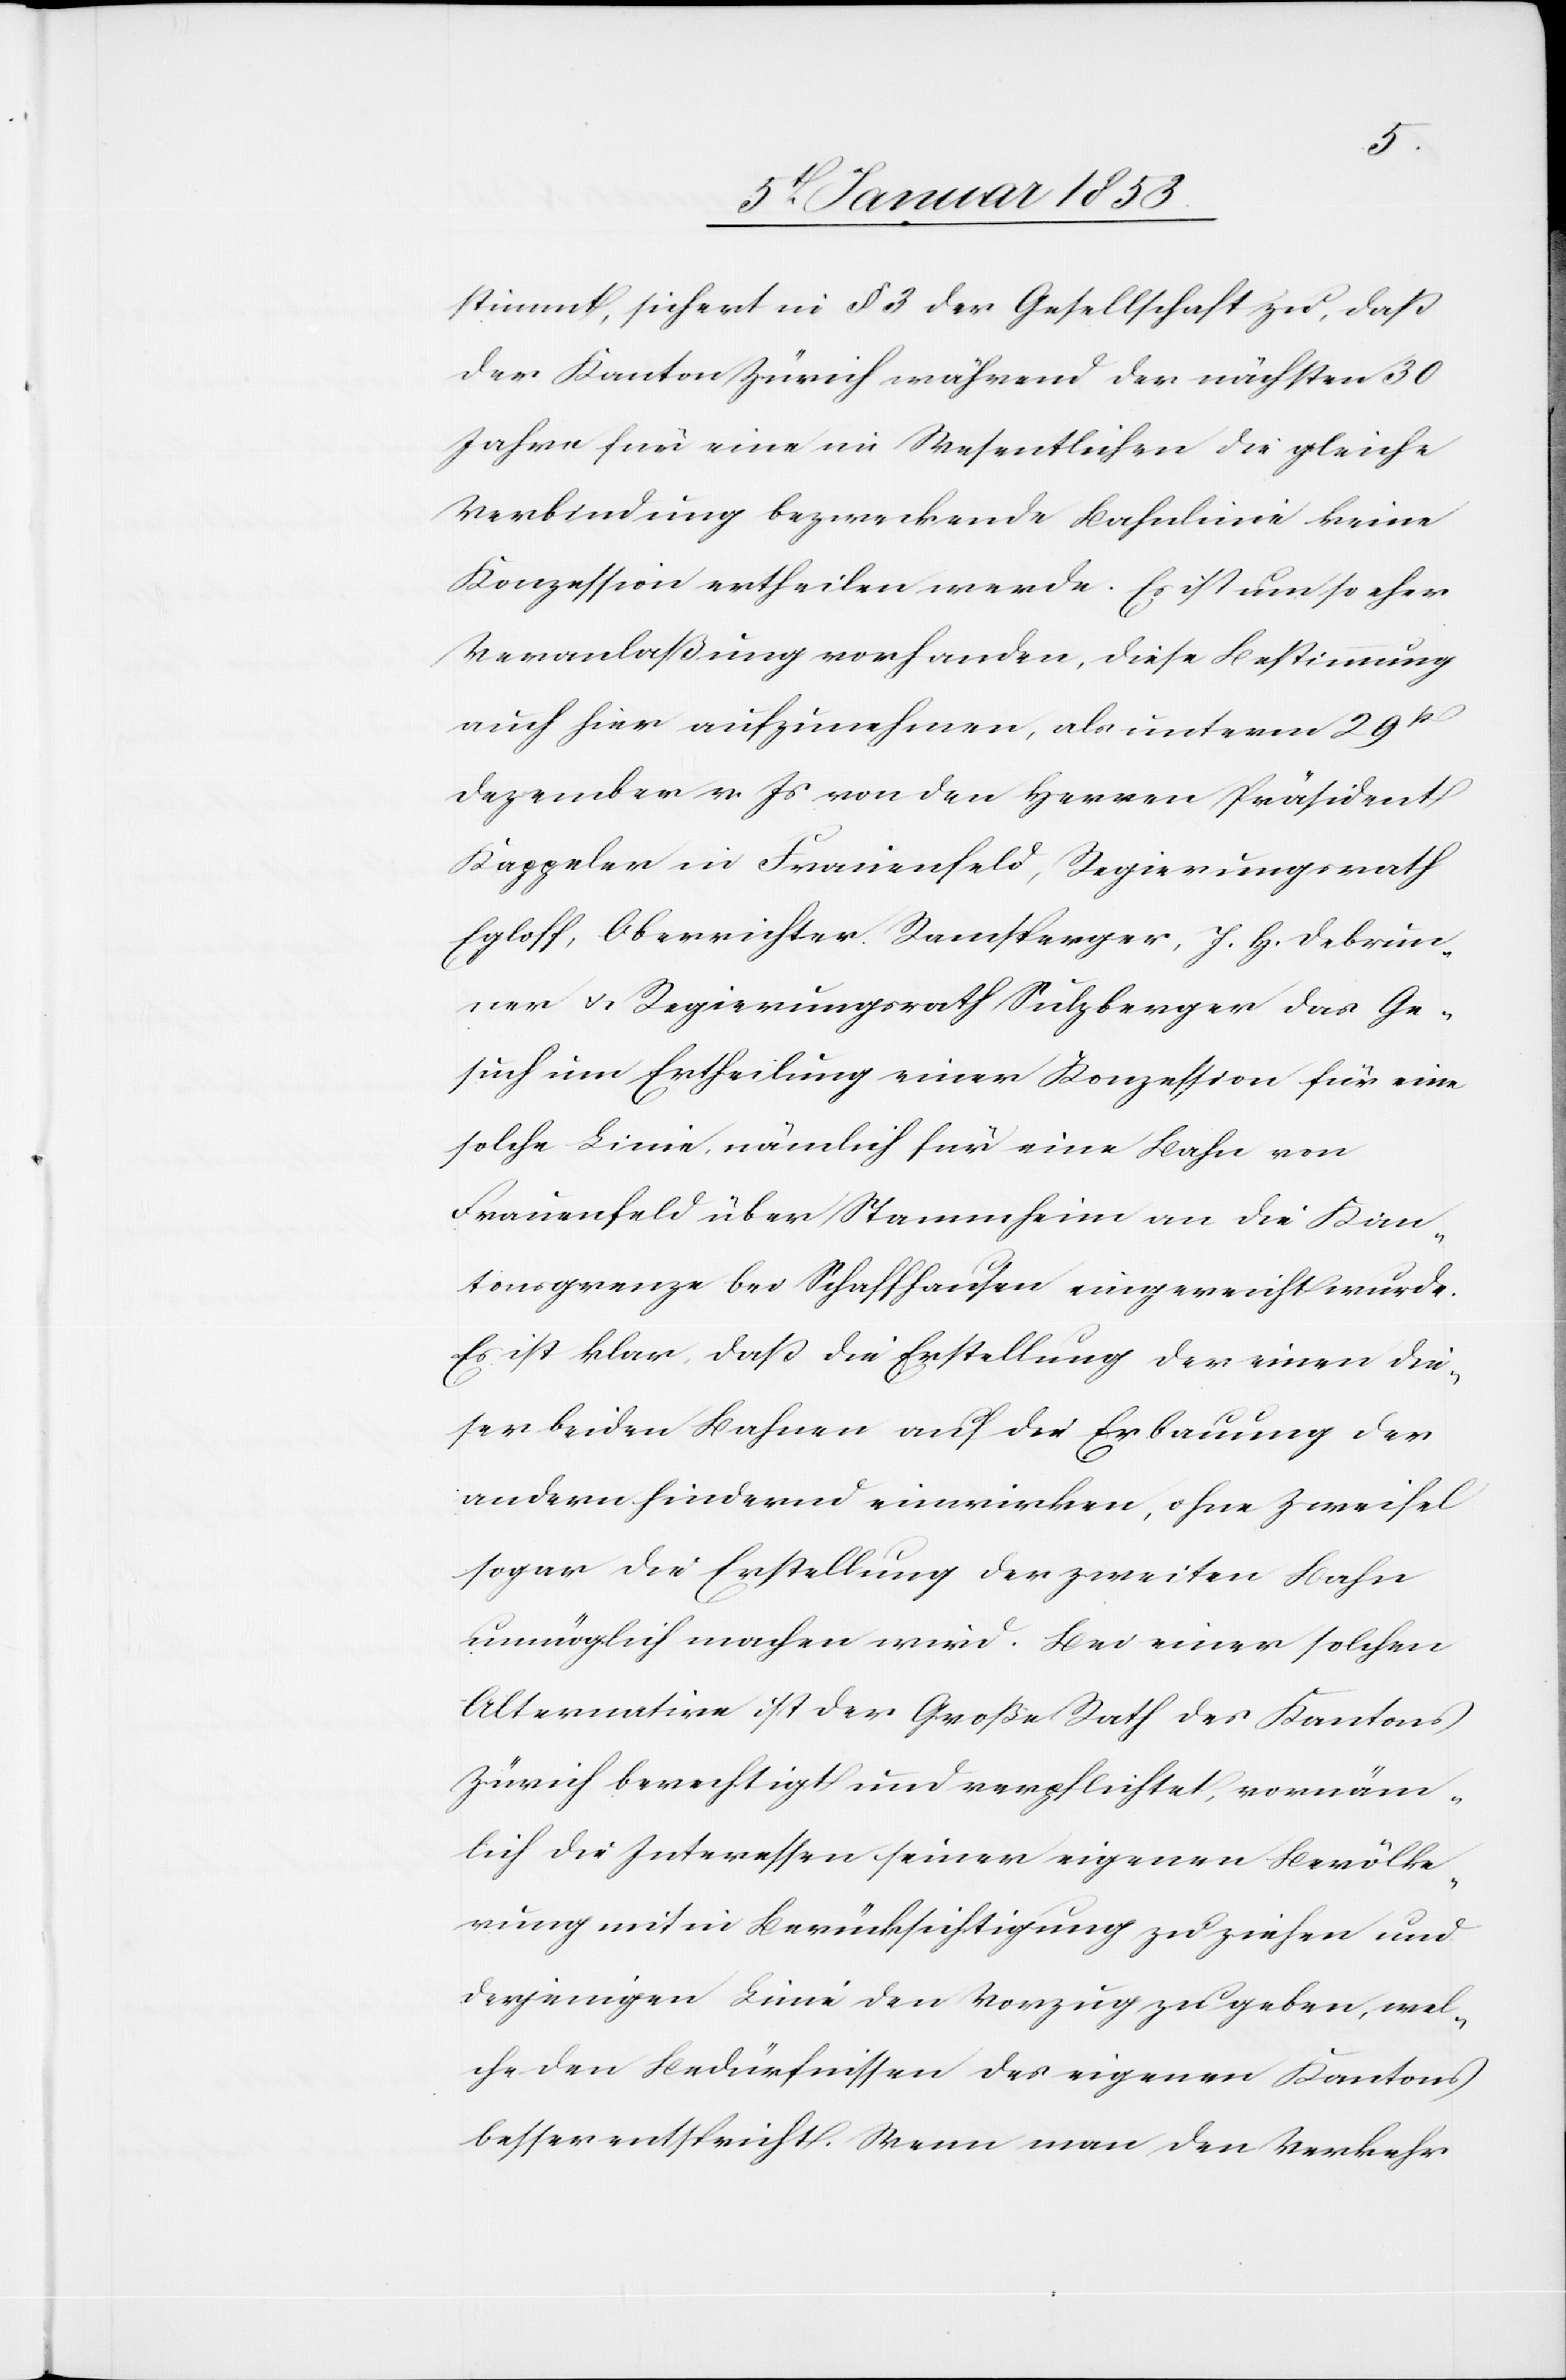
stimmt, sichert im §. 3. der Gesellschaft zu, daß
der Kanton Zürich während der nächsten 30
Jahre für eine im Wesentlichen die gleiche
Verbindung bezweckende Bahnlinie keine
Konzession ertheilen werde. Es ist umso eher
Veranlaßung vorhanden, diese Bestimmung
auch hier aufzunehmen, als unterm 29t.
Dezember v. Js. von den Herren Präsident
Kappeler in Frauenfeld, Regierungsrath
Egloff, Oberrichter Ramsberger, J. H. Debrein¬
ner u. Regierungsrath Sulzberger das Ge¬
suche um Ertheilung einer Konzession für eine
solche Linie nämlich für eine Bahn von
Frauenfeld über Stammheim an die Kan¬
tonsgrenze bei Schaffhausen eingereicht wurde.
Es ist klar, dass die Erstellung der einen die¬
ser beiden Bahnen auf der Erbauung der
andern hindernd einwirken, ohne Zweifel
sogar die Erstellung der zweiten Bahn
unmöglich machen wird. Bei einer solchen
Alternation ist der Große Rath des Kantons
Zürich berechtigt und verpflichtet, vornäm¬
lich die Interessen seiner eigenen Bevölke¬
rung mit in Berücksichtigung zu ziehen und
derjenigen Linie den Vorzug zu geben, wel¬
che den Bedürfnissen des eigenen Kantons
besser entspricht. Wenn man den Verkehr